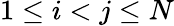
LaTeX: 1\leq i<j\leq N